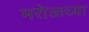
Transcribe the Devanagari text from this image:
मरोळच्या